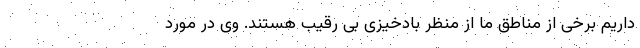
داریم برخی از مناطق ما از منظر بادخیزی بی رقیب هستند. وی در مورد